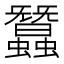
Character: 蠶